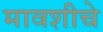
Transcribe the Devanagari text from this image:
मावशीचे